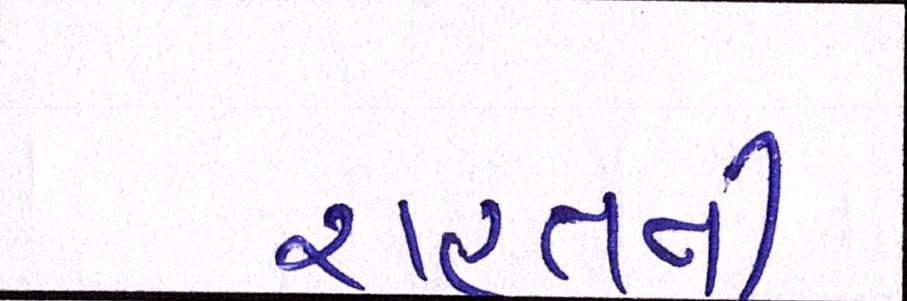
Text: રાહતની